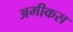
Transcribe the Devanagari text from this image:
अमीकस